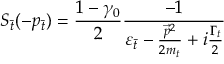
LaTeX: S _ { \bar { t } } ( - p _ { \bar { t } } ) = \frac { 1 - { \gamma } _ { 0 } } { 2 } \frac { - 1 } { { \varepsilon } _ { \bar { t } } - \frac { { \vec { p } } ^ { 2 } } { 2 m _ { t } } + i \frac { { \Gamma } _ { t } } { 2 } }